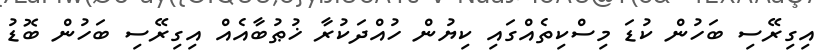
އިގިރޭސި ބަހުން ކުޑަ މިސްކިތެއްގައި ކިޔުން ހުއްދަކުރާ ޚުޠުބާއެއް އިގިރޭސި ބަހުން ބޮޑު